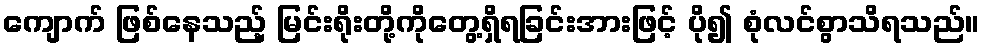
ကျောက် ဖြစ်နေသည့် မြင်းရိုးတို့ကိုတွေ့ရှိရခြင်းအားဖြင့် ပို၍ စုံလင်စွာသိရသည်။